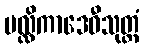
မလ္လိကာဒေဝီသုတ္တံ